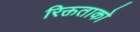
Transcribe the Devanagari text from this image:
रिक्तताको